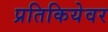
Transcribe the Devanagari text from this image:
प्रतिकियेवर